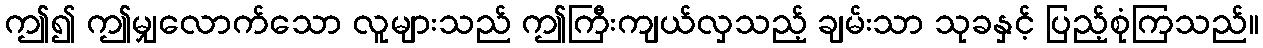
ဤ၍ ဤမျှလောက်သော လူများသည် ဤကြီးကျယ်လှသည့် ချမ်းသာ သုခနှင့် ပြည့်စုံကြသည်။